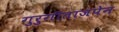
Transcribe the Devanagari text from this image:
गुरुगीताजपेन